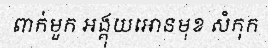
ពាក់មួក អង្គុយអោនមុខ សំកុក